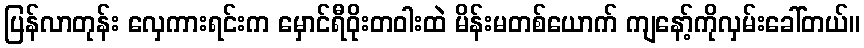
ပြန်လာတုန်း လှေကားရင်းက မှောင်ရီဝိုးတဝါးထဲ မိန်းမတစ်ယောက် ကျနော့်ကိုလှမ်းခေါ်တယ်။